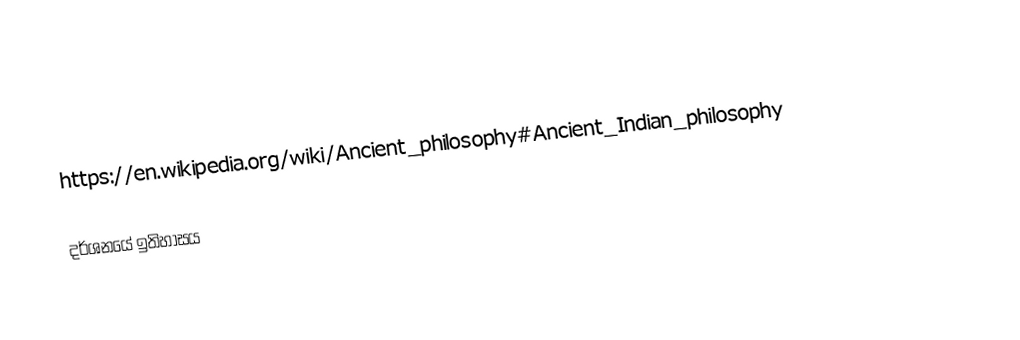
https://en.wikipedia.org/wiki/Ancient_philosophy#Ancient_Indian_philosophy

දර්ශන‍යේ ඉතිහාසය